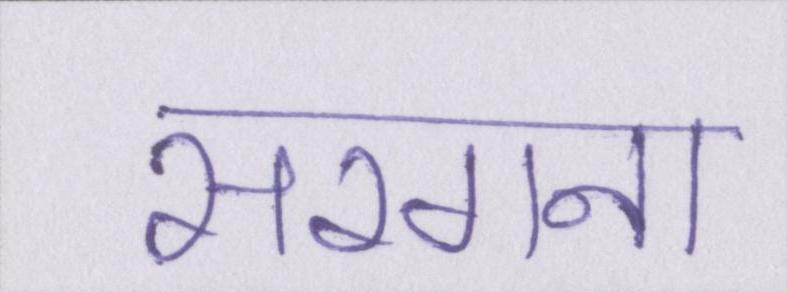
सरगना